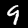
Label: 9